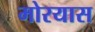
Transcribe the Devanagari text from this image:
मोरयास